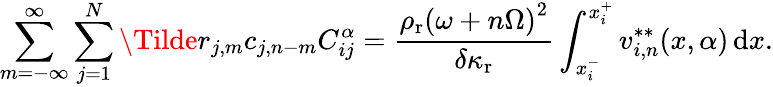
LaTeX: \sum_{m=-\infty}^{\infty}\sum_{j=1}^{N}\Tilde{r}_{j,m}c_{j,n-m}C_{ij}^{\alpha}=\frac{\rho_{\mathrm{r}}\left(\omega+n\Omega\right)^{2}}{\delta\kappa_{\mathrm{r}}}\int_{x_{i}^{-}}^{x_{i}^{+}}v_{i,n}^{**}(x,\alpha)\, \mathrm{d}x.